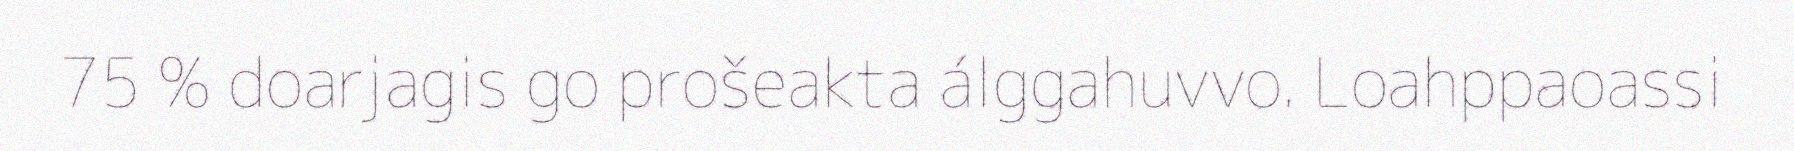
75 % doarjagis go prošeakta álggahuvvo. Loahppaoassi